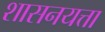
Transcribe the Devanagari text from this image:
शासनयत्ता